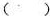
()